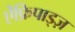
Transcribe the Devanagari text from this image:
ऐंफ़िपाड्ज़